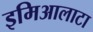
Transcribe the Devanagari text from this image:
इमिआलाटा